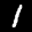
Label: 1